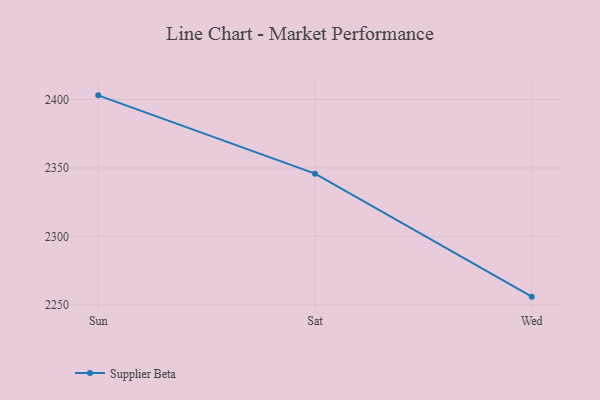
{"axis": {"x": "Day", "y": "LTV (USD)"}, "legend": ["Supplier Beta"], "data": [{"x": "Sun", "y": 2403.0, "type": "Supplier Beta"}, {"x": "Sat", "y": 2345.8, "type": "Supplier Beta"}, {"x": "Wed", "y": 2256.0, "type": "Supplier Beta"}]}